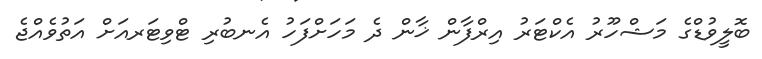
ބޮލީވުޑްގެ މަޝްހޫރު އެކްޓަރު އިރްފާން ޚާން ދެ މަހަށްފަހު އެނބުރި ޓްވިޓަރއަށް އަތުވެއްޖެ